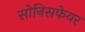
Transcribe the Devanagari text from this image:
सोनिसफेयर